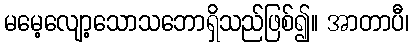
မမေ့လျော့သောသဘောရှိသည်ဖြစ်၍။ အာတာပီ၊